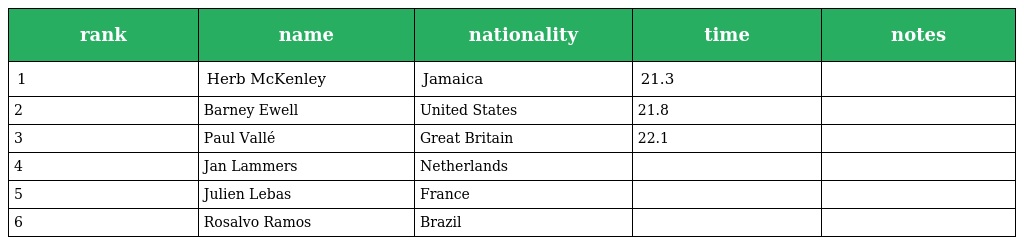
| rank | name | nationality | time | notes |
 | --- | --- | --- | --- | --- |
 | 1 | Herb McKenley | Jamaica | 21.3 |  |
 | 2 | Barney Ewell | United States | 21.8 |  |
 | 3 | Paul Vallé | Great Britain | 22.1 |  |
 | 4 | Jan Lammers | Netherlands |  |  |
 | 5 | Julien Lebas | France |  |  |
 | 6 | Rosalvo Ramos | Brazil |  |  |